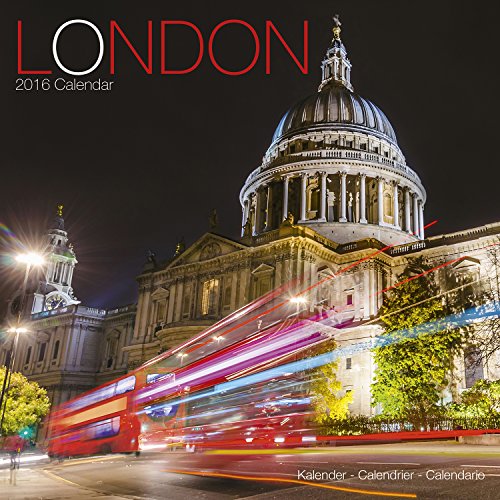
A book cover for London Calendar - 2016 Wall Calendars - Photo Calendar - Monthly Wall Calendar by Avonside; MegaCalendars; Calendars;